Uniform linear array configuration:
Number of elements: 8
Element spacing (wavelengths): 0.5
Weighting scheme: cosine
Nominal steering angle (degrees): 30
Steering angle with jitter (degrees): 31.081
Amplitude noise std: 0.05
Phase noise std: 0.05

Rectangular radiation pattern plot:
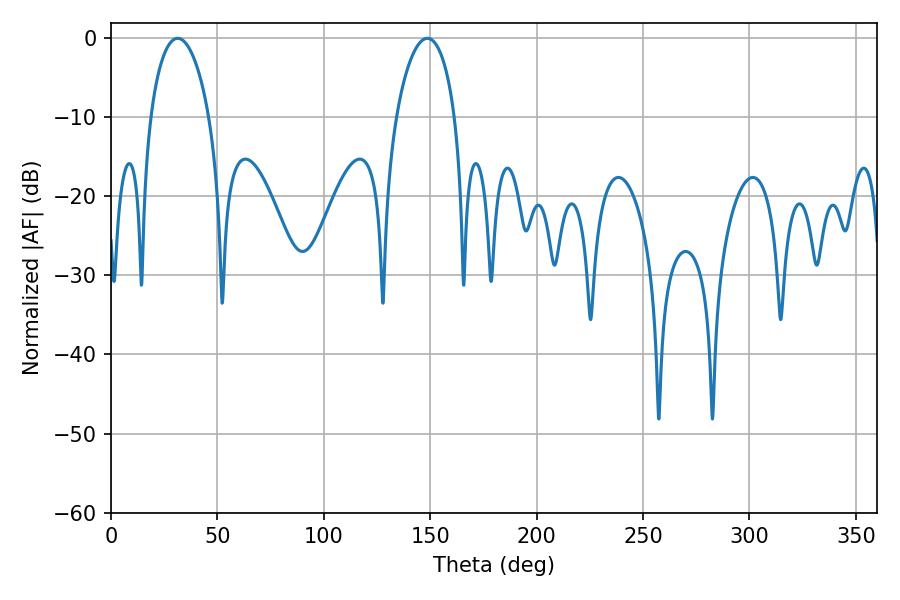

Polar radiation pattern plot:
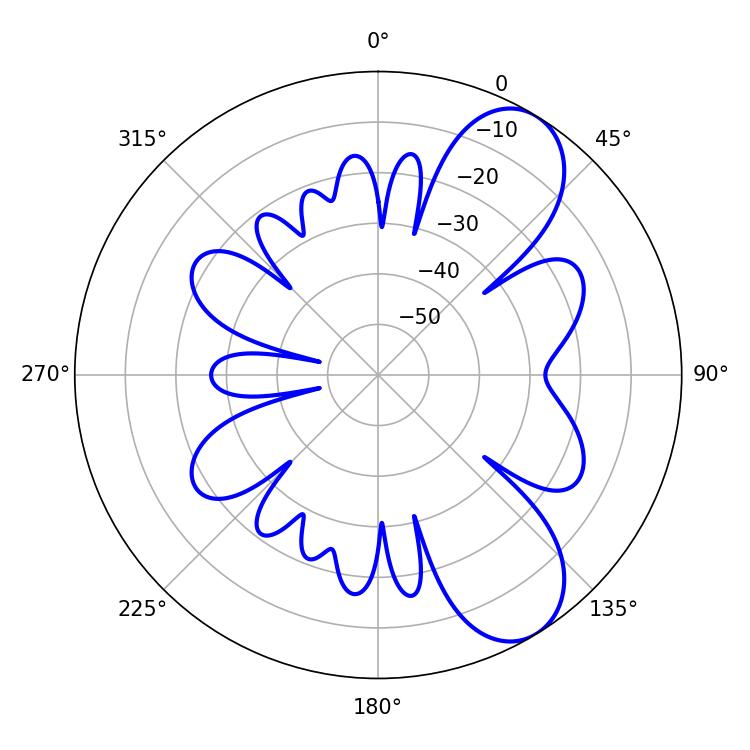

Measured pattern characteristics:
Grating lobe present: FALSE
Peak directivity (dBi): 8.153
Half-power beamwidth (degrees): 15.84
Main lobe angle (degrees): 31.32